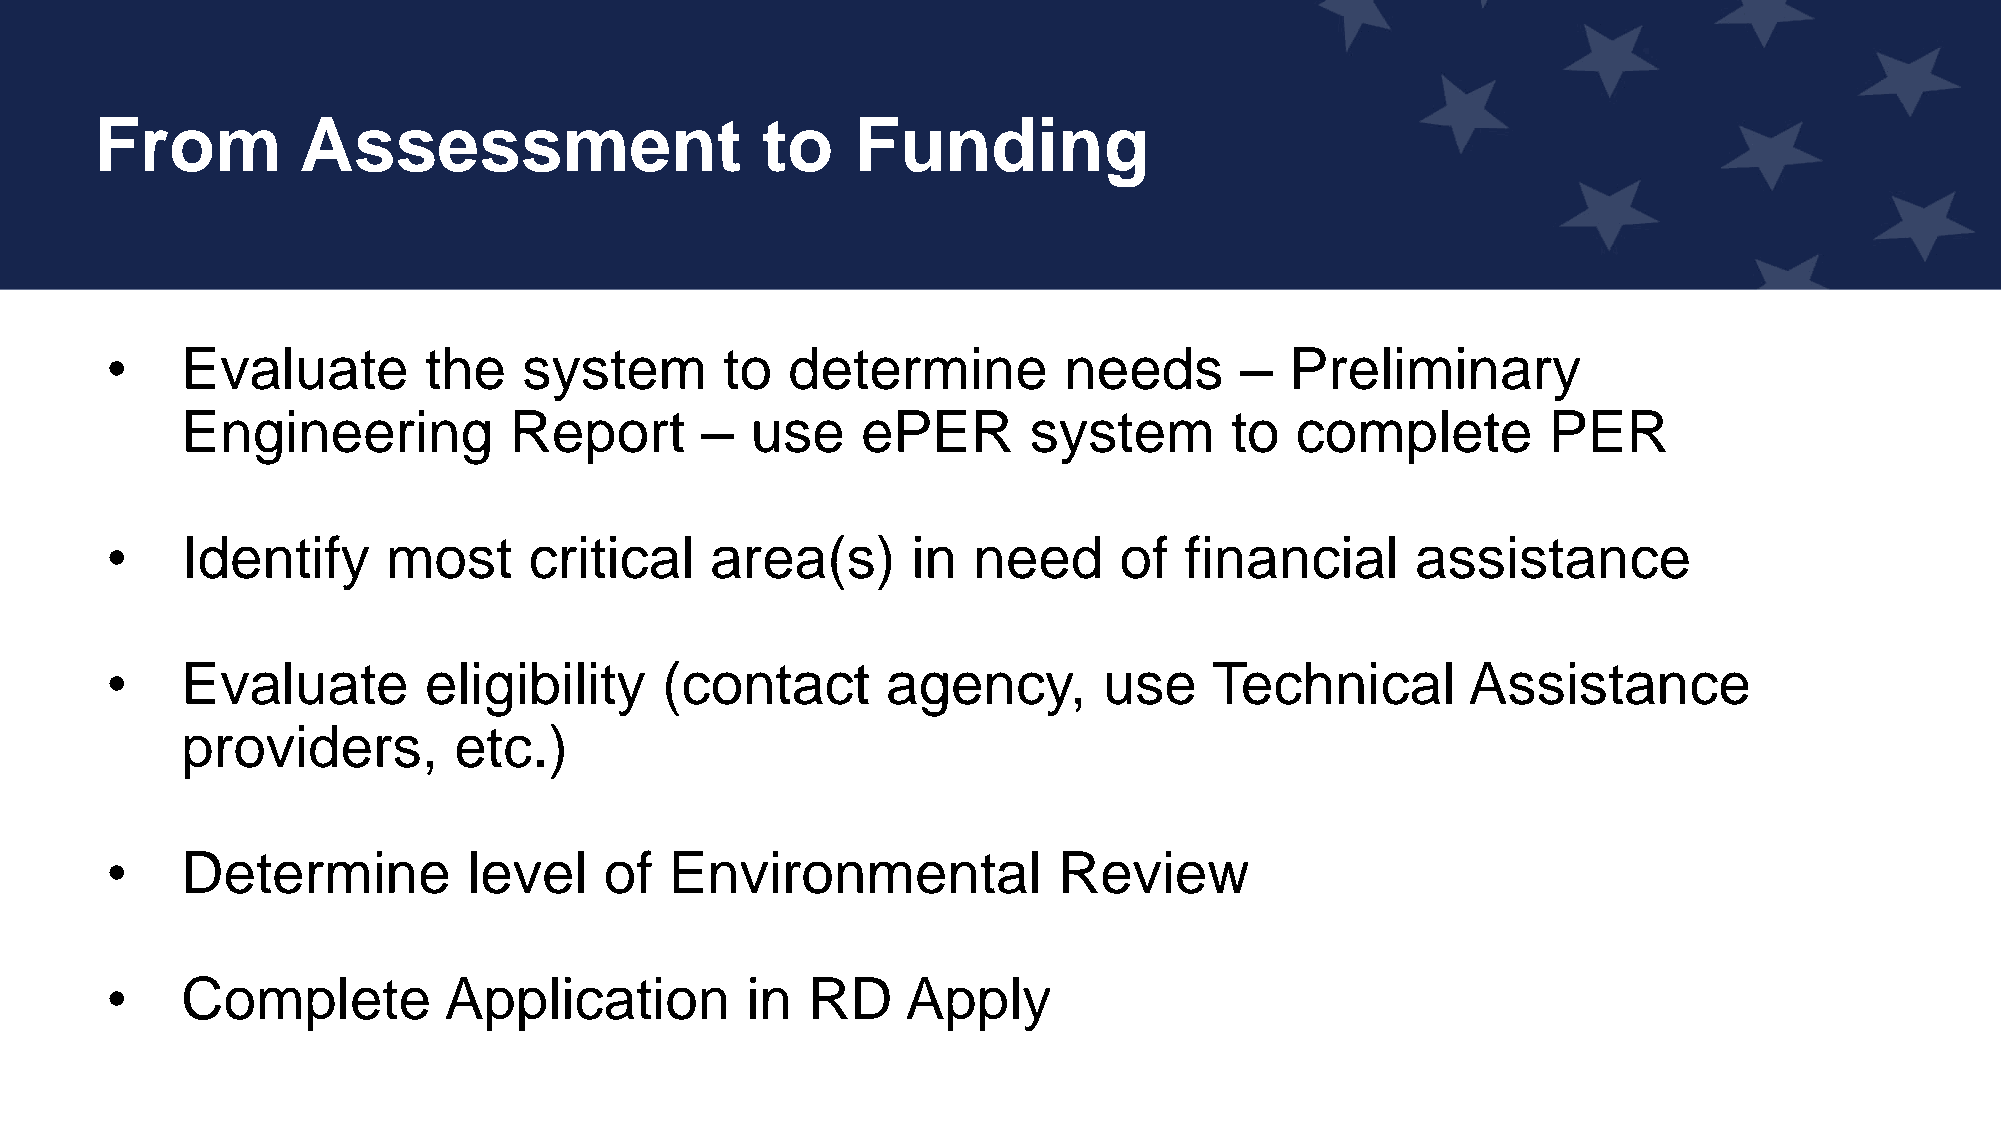
From          Assessment                    to     Funding
 Rural     Development             Offices
 •    Evaluate        the    system       to  determine         needs       –  Preliminary
 Engineering           Report      –   use    ePER       system       to   complete        PER
 •    Identify      most     critical    area(s)      in  need      of  financial       assistance
 •    Evaluate        eligibility     (contact       agency,       use    Technical        Assistance
 providers,        etc.)
 •    Determine          level    of  Environmental             Review
 •    Complete         Application         in  RD     Apply